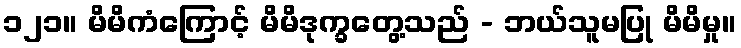
၁၂၁။ မိမိကံကြောင့် မိမိဒုက္ခတွေ့သည် - ဘယ်သူမပြု မိမိမှု။